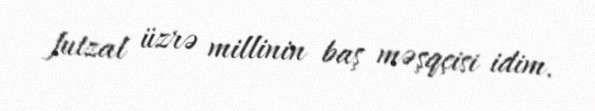
futzal üzrə millinin baş məşqçisi idim.